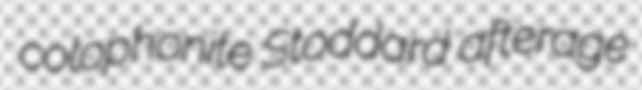
colophonite Stoddard afterage